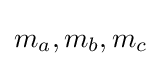
m_{a},m_{b},m_{c}